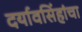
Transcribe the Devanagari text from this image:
दर्यावसिंहांचा